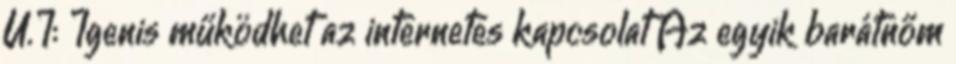
U.I: Igenis működhet az internetes kapcsolat Az egyik barátnőm